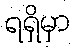
ရရှိမှာ